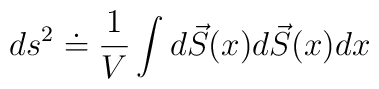
ds^{2} \doteq \frac{1}{V} \int  d\vec S(x) d\vec S (x) dx